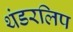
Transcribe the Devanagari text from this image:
थंडरलिप